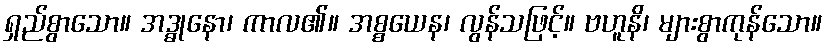
ရှည်စွာသော။ အဒ္ဓုနော၊ ကာလ၏။ အစ္စယေန၊ လွန်သဖြင့်။ ဗဟူနိ၊ များစွာကုန်သော။